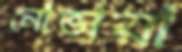
নোভায়া